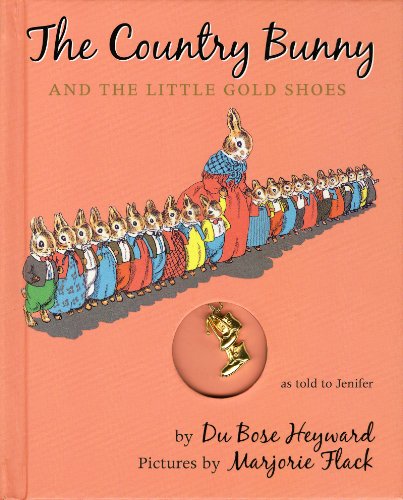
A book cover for The Country Bunny and the Little Gold Shoes; DuBose Heyward; Children's Books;